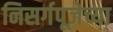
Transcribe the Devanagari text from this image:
निसर्गपूजेच्या